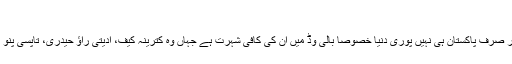
اتوار 22 دسمبر 2019 7:00
علی ظفر پاکستان کا جانا پہچانا نام ہیں اور صرف پاکستان ہی نہیں پوری دنیا خصوصاً بالی وڈ میں ان کی کافی شہرت ہے جہاں وہ کترینہ کیف، ادیتی راؤ حیدری، تاپسی پنّو اور یامی گوتم کے ساتھ کام کرچکے ہیں۔